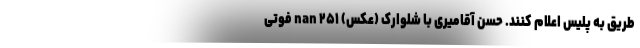
طریق به پلیس اعلام کنند. حسن آقامیری با شلوارک (عکس) nan ۲۵۱ فوتی